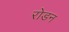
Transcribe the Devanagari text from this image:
रोडन